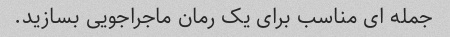
جمله ای مناسب برای یک رمان ماجراجویی بسازید.